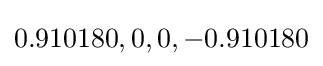
{0.910180,0,0,-0.910180}